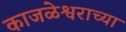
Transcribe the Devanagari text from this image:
काजळेश्वराच्या